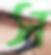
স